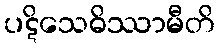
ပဋိသေဓိဿာမီတိ